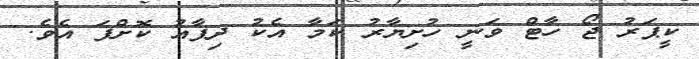
ކީޕަރު ޖޯ ހާޓް ވަނީ ހުށިޔާރު ކަމާ އެކު ދިފާއު ކޮށްފަ އެވެ.